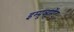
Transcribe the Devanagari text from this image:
इम्प्रूव्हमेंट